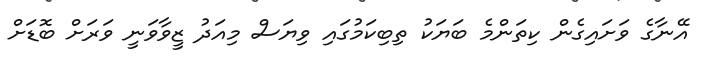
އޭނާގެ ވަށައިގެން ކިތަންމެ ބަޔަކު ތިބިކަމުގައި ވިޔަސް މިއަދު ޒީވާވަނީ ވަރަށް ބޮޑަށް